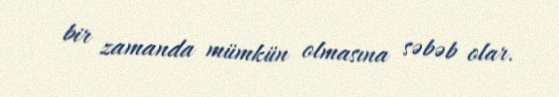
bir zamanda mümkün olmasına səbəb olar.